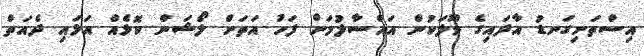
އިސްތަށިގަނޑު އާދައިގެ ވޫލަކުން އައްސާލުމަށް ފަހު އަތަށް ލޯޝަން ކޮޅެއް އަޅައި ދެއަތް